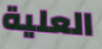
العلية